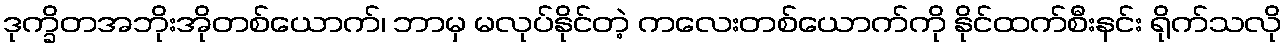
ဒုက္ခိတအဘိုးအိုတစ်ယောက်၊ ဘာမှ မလုပ်နိုင်တဲ့ ကလေးတစ်ယောက်ကို နိုင်ထက်စီးနင်း ရိုက်သလို